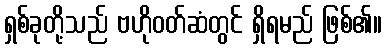
ရှစ်ခုတို့သည် ဗဟိုဝတ်ဆံတွင် ရှိရမည် ဖြစ်၏။